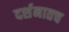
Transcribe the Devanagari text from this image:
दर्शनातच